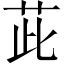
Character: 茈